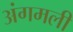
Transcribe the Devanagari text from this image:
अंगमली